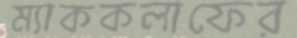
ম্যাককলাফের